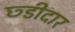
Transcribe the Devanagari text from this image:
छ्डीदार